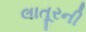
લાતૂરની